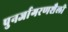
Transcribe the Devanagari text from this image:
पुनर्जागरणशैली